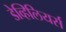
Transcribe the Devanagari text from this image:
डेव्हिलियर्स